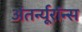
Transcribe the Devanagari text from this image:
अंतर्न्यूरॉन्स